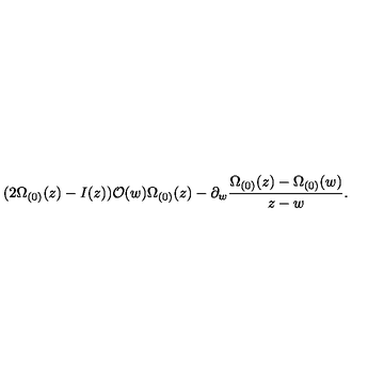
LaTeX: ( 2 \Omega _ { ( 0 ) } ( z ) - I ( z ) ) { \cal O } ( w ) \Omega _ { ( 0 ) } ( z ) - \partial _ { w } \frac { \Omega _ { ( 0 ) } ( z ) - \Omega _ { ( 0 ) } ( w ) } { z - w } .